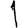
Digit: 1